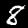
Label: 8